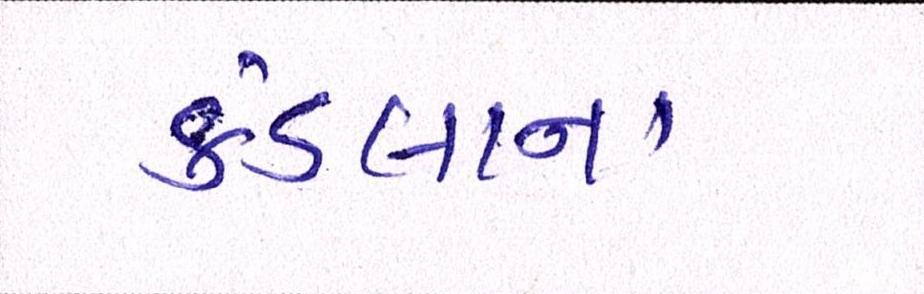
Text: કંડલાના